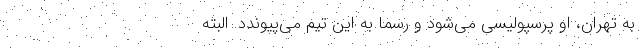
به تهران، او پرسپولیسی می‌شود و رسما به این تیم می‌پیوندد. البته